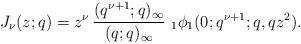
LaTeX: \begin{align*}J_{\nu}(z;q)=z^{\nu}\,\frac{(q^{\nu+1};q)_{\infty}}{(q;q)_{\infty}}\,\,_{1}\phi_{1}(0;q^{\nu+1};q,qz^{2}).\end{align*}